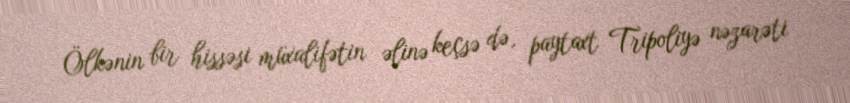
Ölkənin bir hissəsi müxalifətin əlinə keçsə də, paytaxt Tripoliyə nəzarəti